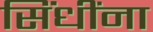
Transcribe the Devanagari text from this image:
सिंधींना